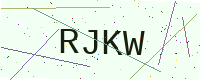
Text: RJKW